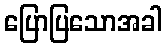
ပြောပြသောအခါ